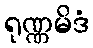
ရုဏ္ဏမိဒံ